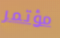
مؤتمر